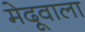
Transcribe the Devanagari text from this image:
मेदूवाला